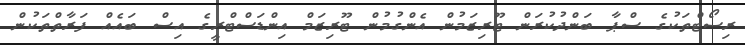
ރިސޯޓްތަކުގެ ސްޕާ ބަންދުކުރަން ޓޫރިޒަމުން އެންގުމުން ޓޫރިޒަމް އިންޑަސްޓްރީގެ އިސް ބައެއް ފަރާތްތަކުން